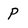
Character: P